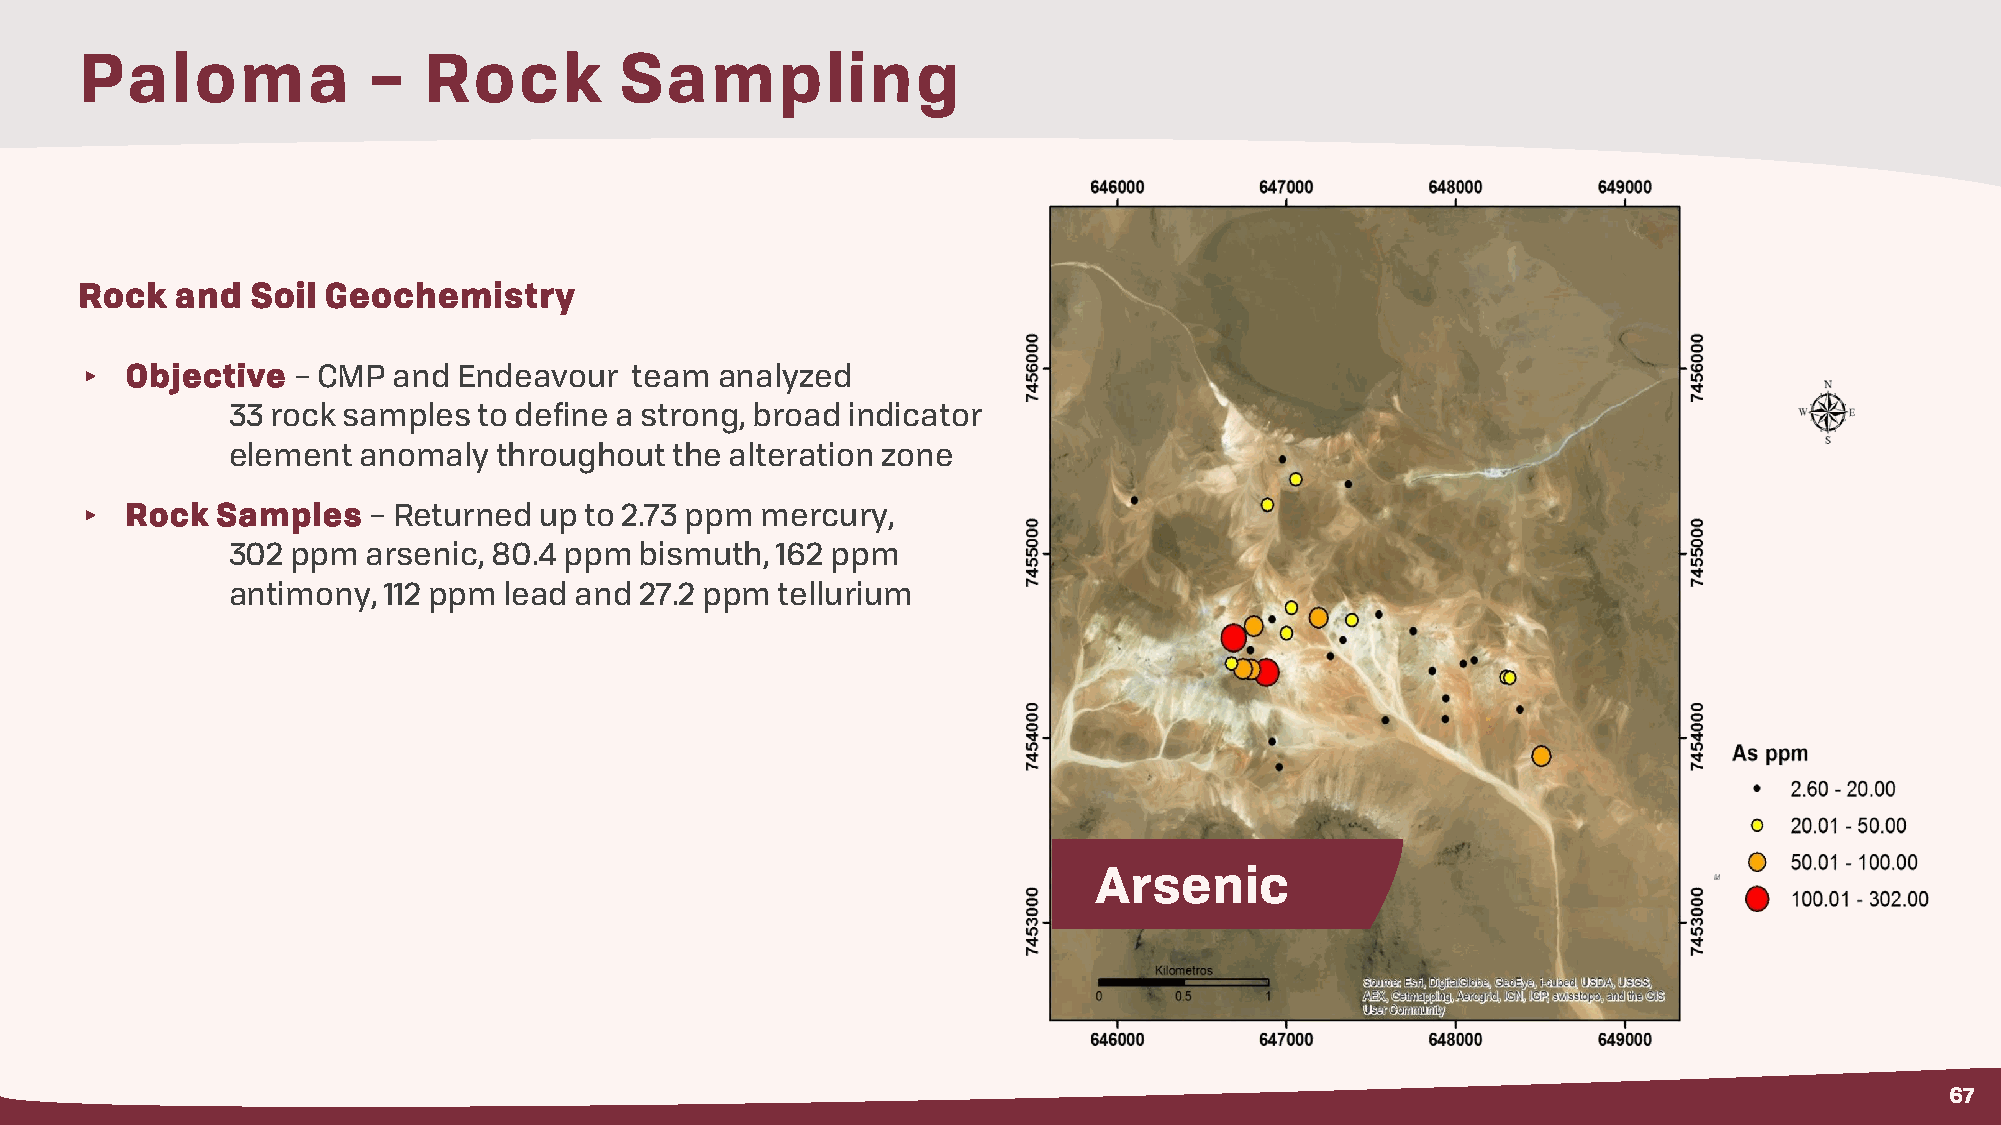
Paloma             –   Rock         Sampling
 Rock   and  Soil Geochemistry
 ▸  Objective  – CMP  and Endeavour   team analyzed
 33 rock samples  to define a strong, broad indicator
 element  anomaly  throughout  the alteration zone
 ▸  Rock  Samples   – Returned  up to 2.73 ppm mercury,
 302 ppm  arsenic, 80.4 ppm bismuth, 162 ppm
 antimony, 112 ppm lead and 27.2 ppm tellurium
 Arsenic
 67